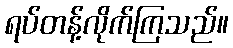
ရပ်တန့်လိုက်ကြသည်။